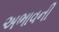
અભાવની